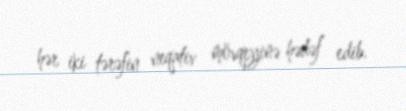
hər iki tərəfin neqativ mövqeyinə hədəf edib.